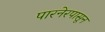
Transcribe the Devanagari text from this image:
पारनेरपासून